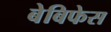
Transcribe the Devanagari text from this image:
बेबिफेस